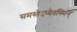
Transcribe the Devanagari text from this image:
समस्तेऽप्येतस्मिन्